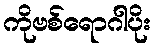
ကိုဗစ်ရောဂါပိုး